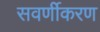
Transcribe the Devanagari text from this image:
सवर्णीकरण